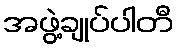
အဖွဲ့ချုပ်ပါတီ